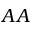
A A